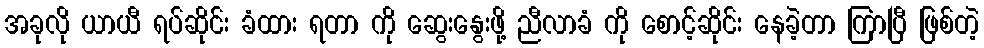
အခုလို ယာယီ ရပ်ဆိုင်း ခံထား ရတာ ကို ဆွေးနွေးဖို့ ညီလာခံ ကို စောင့်ဆိုင်း နေခဲ့တာ ကြာပြီ ဖြစ်တဲ့